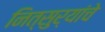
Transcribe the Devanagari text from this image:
नित्सुर्‍यांचे